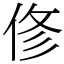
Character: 俢